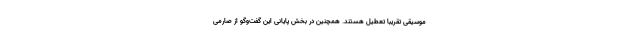
موسیقی تقریبا تعطیل هستند. همچنین در بخش پایانی این گفت‌وگو از صارمی